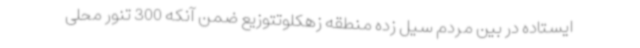
ایستاده در بین مردم سیل زده منطقه زهکلوتتوزیع ضمن آنکه 300 تنور محلی